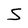
Character: S